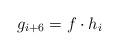
LaTeX: \begin{align*}g_{i+6}=f\cdot h_i\end{align*}